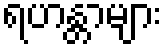
ရဟန္တာများ